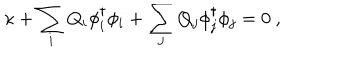
\kappa + \sum _ { i } Q _ { i } \phi _ { i } ^ { \dagger } \phi _ { i } + \sum _ { j } Q _ { j } \phi _ { j } ^ { \dagger } \phi _ { j } = 0 \ ,